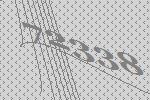
72338